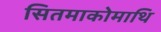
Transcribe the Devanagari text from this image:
सितमाकोमाथि